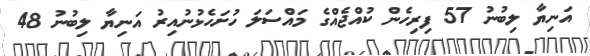
އަނިޔާ ލިބުނު 57 ފިރިހެން ކުއްޖެއްގެ މައްސަލަ ހުށަހެޅުނުއިރު އަނިޔާ ލިބުނު 48